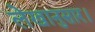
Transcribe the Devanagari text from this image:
लेखानुसार।